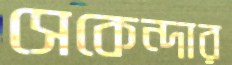
সেকেন্দার